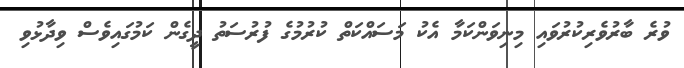
ވުރެ ބާރުވެރިކުރުވައި މިނިވަންކަމާ އެކު މަސައްކަތް ކުރުމުގެ ފުރުސަތު ދީގެން ކަމުގައިވެސް ވިދާޅުވި